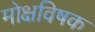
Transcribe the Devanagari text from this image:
मोक्षविषक